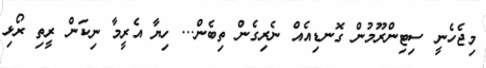
މިޖެހެނީ ސިޓިންރޫމުން ގޮނޑިއެއް ނެރިގެން ތިބެން... ހިޔާ އެރީމާ ނިކަން ރީތި ރޯޅި